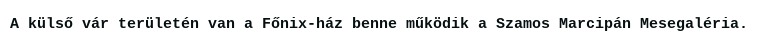
A külső vár területén van a Főnix-ház benne működik a Szamos Marcipán Mesegaléria.